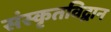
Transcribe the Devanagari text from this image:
संस्कृतविद्वान